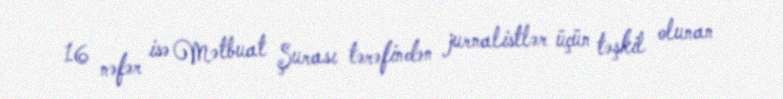
16 nəfər isə Mətbuat Şurası tərəfindən jurnalistlər üçün təşkil olunan